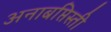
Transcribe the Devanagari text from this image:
अनाबप्तिस्ती